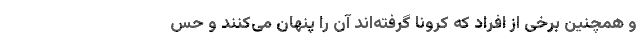
و همچنین برخی از افراد که کرونا گرفته‌اند آن را پنهان می‌کنند و حس